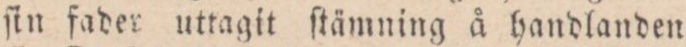
ſin fader uttagit ſtämning å handlanden